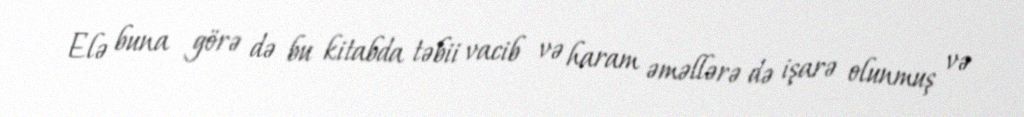
Elə buna görə də bu kitabda təbii vacib və haram əməllərə də işarə olunmuş və